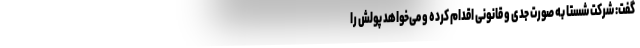
گفت: شرکت شستا به صورت جدی و قانونی اقدام کرده و می‌خواهد پولش را